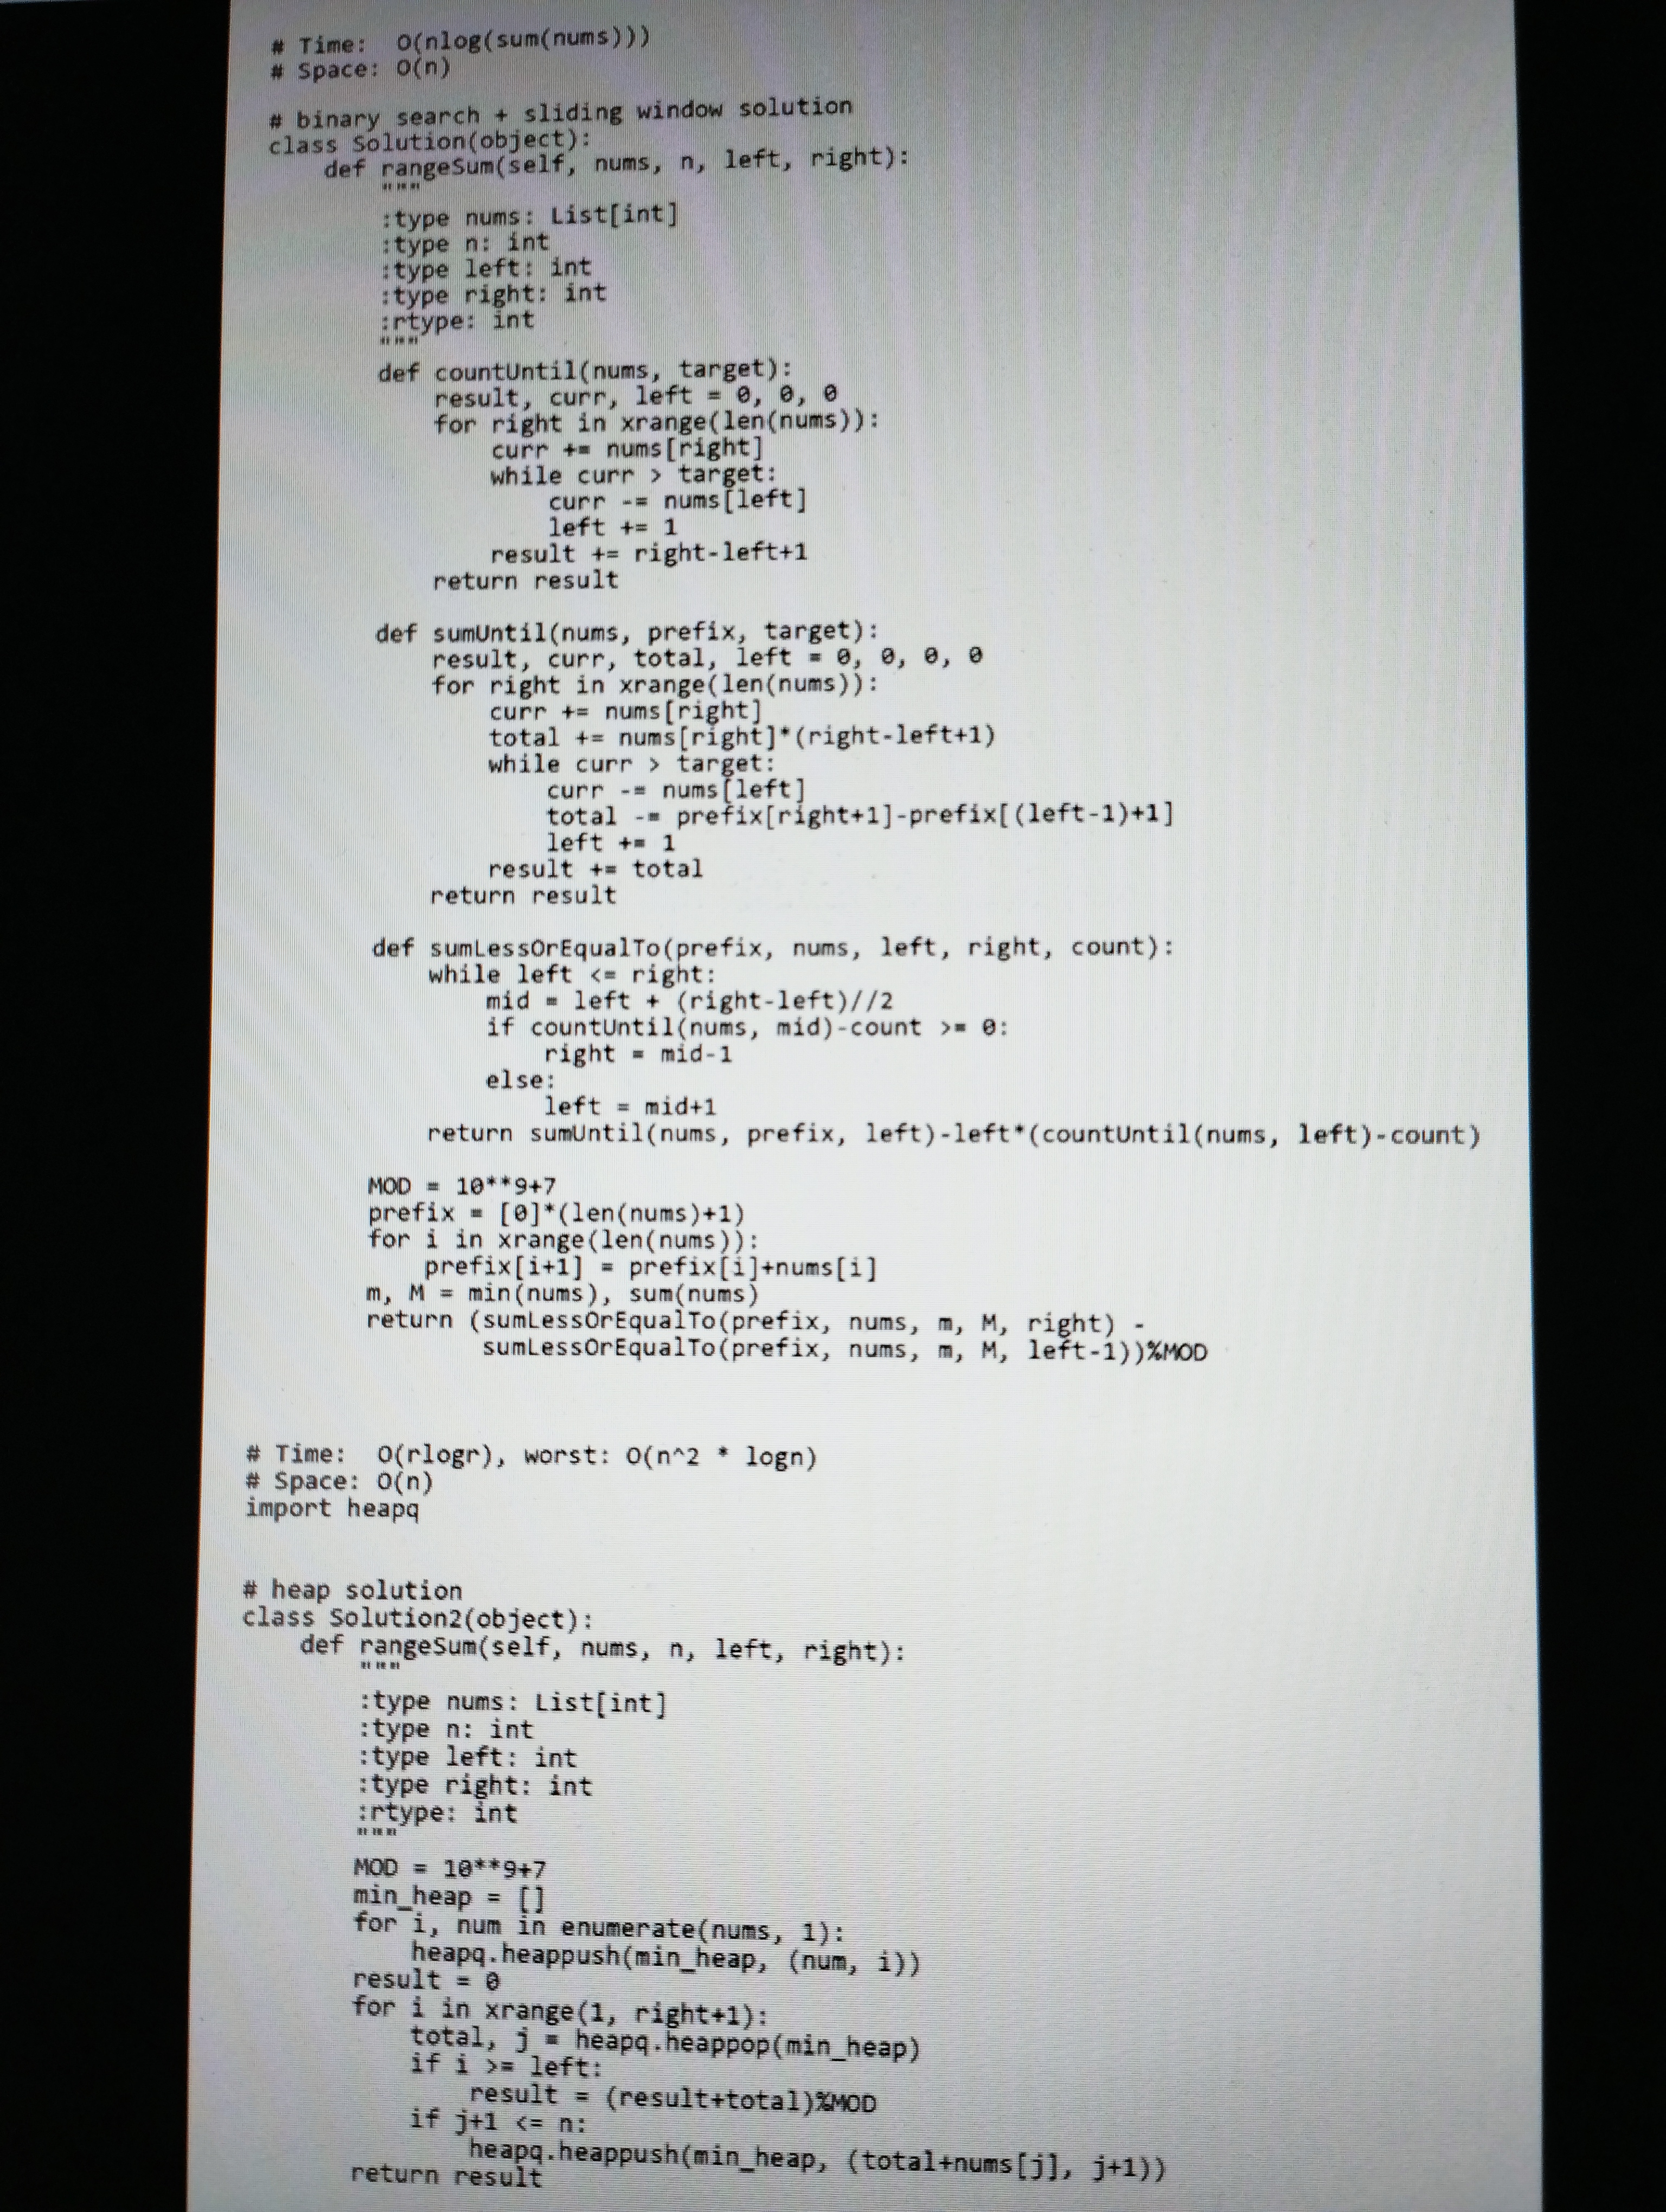
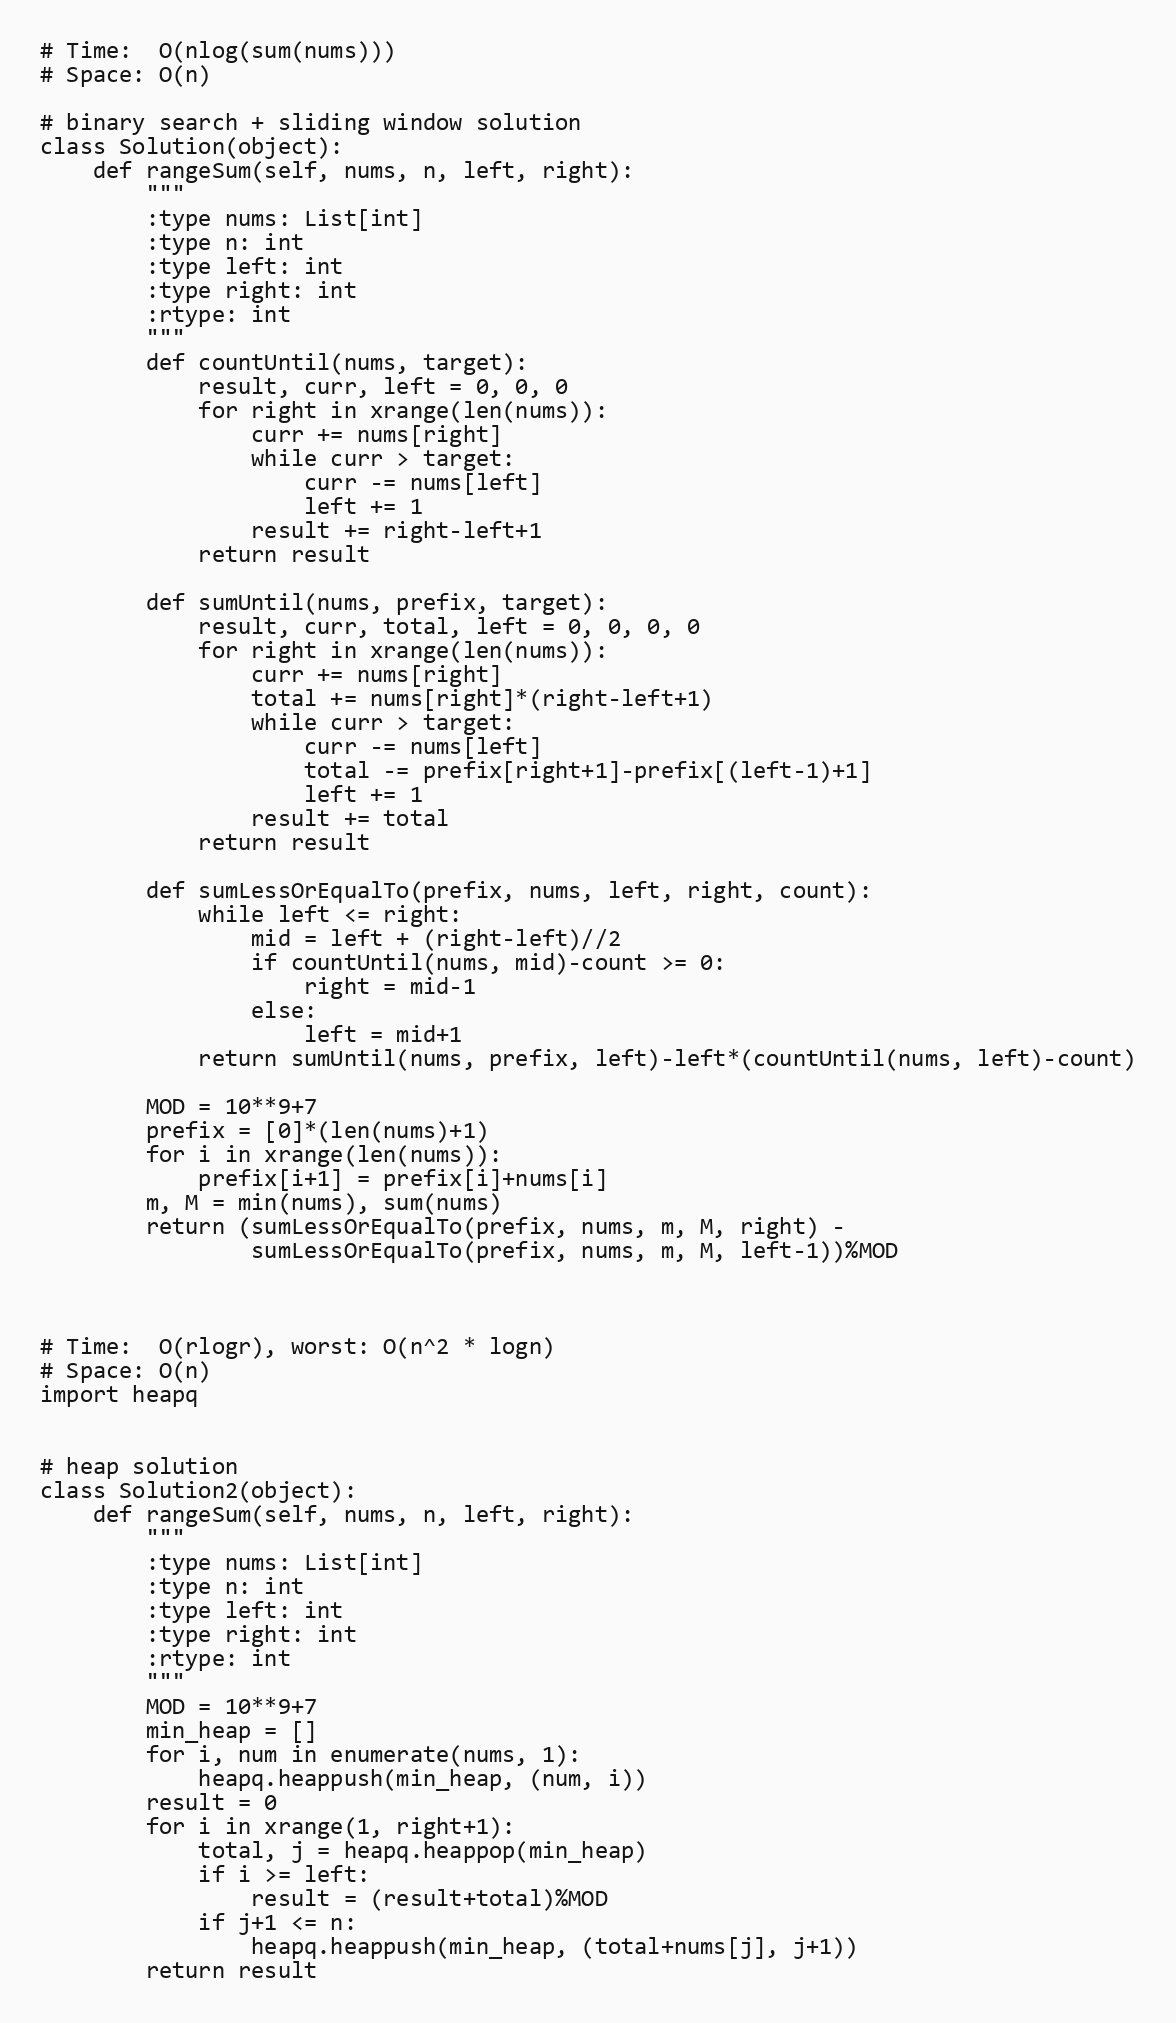
# Time:  O(nlog(sum(nums)))
# Space: O(n)

# binary search + sliding window solution
class Solution(object):
    def rangeSum(self, nums, n, left, right):
        """
        :type nums: List[int]
        :type n: int
        :type left: int
        :type right: int
        :rtype: int
        """
        def countUntil(nums, target):
            result, curr, left = 0, 0, 0
            for right in xrange(len(nums)):
                curr += nums[right]
                while curr > target:
                    curr -= nums[left]
                    left += 1
                result += right-left+1
            return result

        def sumUntil(nums, prefix, target):
            result, curr, total, left = 0, 0, 0, 0
            for right in xrange(len(nums)):
                curr += nums[right]
                total += nums[right]*(right-left+1)
                while curr > target:
                    curr -= nums[left]
                    total -= prefix[right+1]-prefix[(left-1)+1]
                    left += 1
                result += total
            return result

        def sumLessOrEqualTo(prefix, nums, left, right, count):
            while left <= right:
                mid = left + (right-left)//2
                if countUntil(nums, mid)-count >= 0:
                    right = mid-1
                else:
                    left = mid+1
            return sumUntil(nums, prefix, left)-left*(countUntil(nums, left)-count)

        MOD = 10**9+7
        prefix = [0]*(len(nums)+1)
        for i in xrange(len(nums)):
            prefix[i+1] = prefix[i]+nums[i]
        m, M = min(nums), sum(nums)
        return (sumLessOrEqualTo(prefix, nums, m, M, right) -
                sumLessOrEqualTo(prefix, nums, m, M, left-1))%MOD

# Time:  O(rlogr), worst: O(n^2 * logn)
# Space: O(n)
import heapq

# heap solution
class Solution2(object):
    def rangeSum(self, nums, n, left, right):
        """
        :type nums: List[int]
        :type n: int
        :type left: int
        :type right: int
        :rtype: int
        """
        MOD = 10**9+7
        min_heap = []
        for i, num in enumerate(nums, 1):
            heapq.heappush(min_heap, (num, i))
        result = 0
        for i in xrange(1, right+1):
            total, j = heapq.heappop(min_heap)
            if i >= left:
                result = (result+total)%MOD
            if j+1 <= n:
                heapq.heappush(min_heap, (total+nums[j], j+1))
        return result